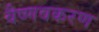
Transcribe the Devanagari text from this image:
वैष्णवकरण